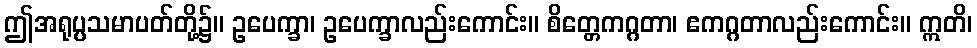
ဤအရုပ္ပသမာပတ်တို့၌။ ဥပေက္ခာ၊ ဥပေက္ခာလည်းကောင်း။ စိတ္တေကဂ္ဂတာ၊ ဧကဂ္ဂတာလည်းကောင်း။ ဣတိ၊